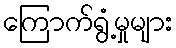
ကြောက်ရွံ့မှုများ